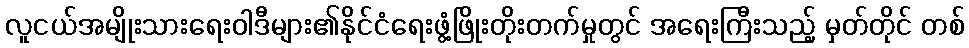
လူငယ်အမျိုးသားရေးဝါဒီများ၏နိုင်ငံရေးဖွံ့ဖြိုးတိုးတက်မှုတွင် အရေးကြီးသည့် မှတ်တိုင် တစ်